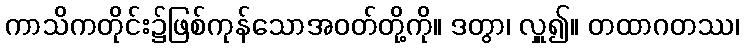
ကာသိကတိုင်း၌ဖြစ်ကုန်သောအဝတ်တို့ကို။ ဒတွာ၊ လှူ၍။ တထာဂတဿ၊